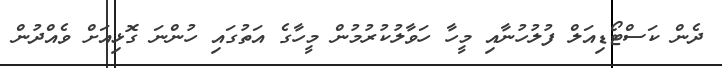
ދެން ކަސްޓޯޑިއަލް ފުލުހުނާއި މީހާ ހަވާލުކުރުމުން މީހާގެ އަތުގައި ހުންނަ ގޮޅިއަށް ވެއްދުން